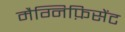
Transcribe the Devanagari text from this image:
मैग्निफ़िसेंट